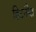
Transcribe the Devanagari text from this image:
हिंटनौस